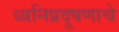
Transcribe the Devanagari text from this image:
ध्वनिप्रदूषणाचे